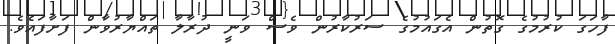
ފާހަގަ ކުރުމުގެ ގޮތުން އެގައުމުގެ ސަރުކާރުން ވެސް ވަނީ ދުރާލާ ތައްޔާރުވާން ފަށާފައެވެ.